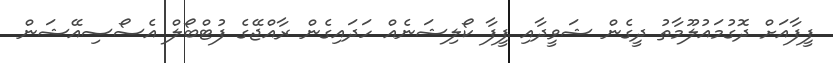
ފީފާއަށް ދޮގުމައުލޫމާތު ދީގެން ޝަވީދާއި ފީފާ ކޯލިޝަނެއް ހަދައިގެން ރާއްޖޭގެ ފުޓްބޯލް އެސޯސިއޭޝަން